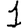
Digit: 1